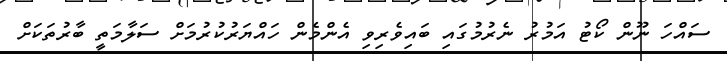
ސައްހަ ނޫން ކޯޓު އަމުރު ނެރުމުގައި ބައިވެރިވި އެންމެން ހައްޔަރުކުރުމަށް ސަލާމަތީ ބާރުތަކަށް